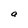
Character: a